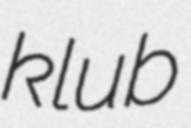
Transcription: klub